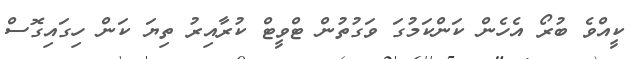
ކީއްވެ ބުރޯ އެހެން ކަންކަމުގަ ވަގުތުން ޓްވީޓް ކުރާއިރު ތިޔަ ކަން ހިގައިގޮސް